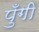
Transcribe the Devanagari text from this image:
पुँगी